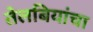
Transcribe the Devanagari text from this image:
तेलबियांचा